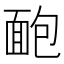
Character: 靤